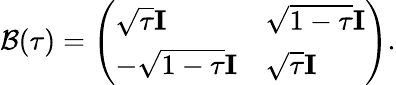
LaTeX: \mathcal{B}(\tau)=\left(\begin{array}{ll}{\sqrt{\tau}\mathbf{I}}&{\sqrt{1-\tau}\mathbf{I}}\\ {-\sqrt{1-\tau}\mathbf{I}}&{\sqrt{\tau}\mathbf{I}}\end{array}\right).